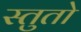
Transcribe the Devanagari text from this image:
स्तुतो